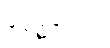
ရွှေဥဒေါင်း